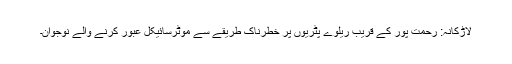
لاڑکانہ: رحمت پور کے قریب ریلوے پٹریوں پر خطرناک طریقے سے موٹرسائیکل عبور کرنے والے نوجوان۔